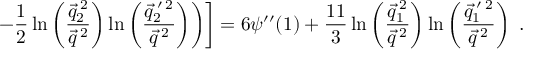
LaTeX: \left. \left. - \frac { 1 } { 2 } \ln \left( \frac { \vec { q } _ { 2 } ^ { \: 2 } } { \vec { q } ^ { \: 2 } } \right) \ln \left( \frac { \vec { q } _ { 2 } ^ { \: \prime \: 2 } } { \vec { q } ^ { \: 2 } } \right) \right) \right] = 6 \psi ^ { \prime \prime } ( 1 ) + \frac { 1 1 } { 3 } \ln \left( \frac { \vec { q } _ { 1 } ^ { \: 2 } } { \vec { q } ^ { \: 2 } } \right) \ln \left( \frac { \vec { q } _ { 1 } ^ { \: \prime \: 2 } } { \vec { q } ^ { \: 2 } } \right) \; .